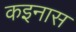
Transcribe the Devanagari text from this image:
कइनास